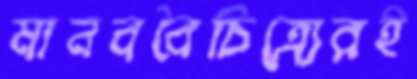
মানববৈচিত্র্যেরই